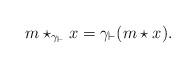
LaTeX: \begin{align*} m\star_{\gamma_{\vdash}}x = \gamma_{\vdash}(m\star x).\end{align*}